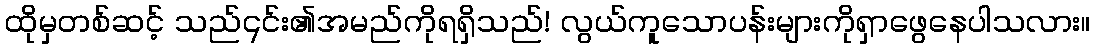
ထိုမှတစ်ဆင့် သည်၎င်း၏အမည်ကိုရရှိသည်! လွယ်ကူသောပန်းများကိုရှာဖွေနေပါသလား။